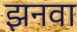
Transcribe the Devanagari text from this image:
झनवा